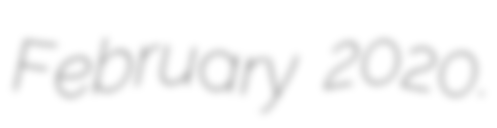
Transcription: February 2020.